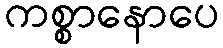
ကစ္စာနောပေ